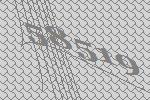
58519